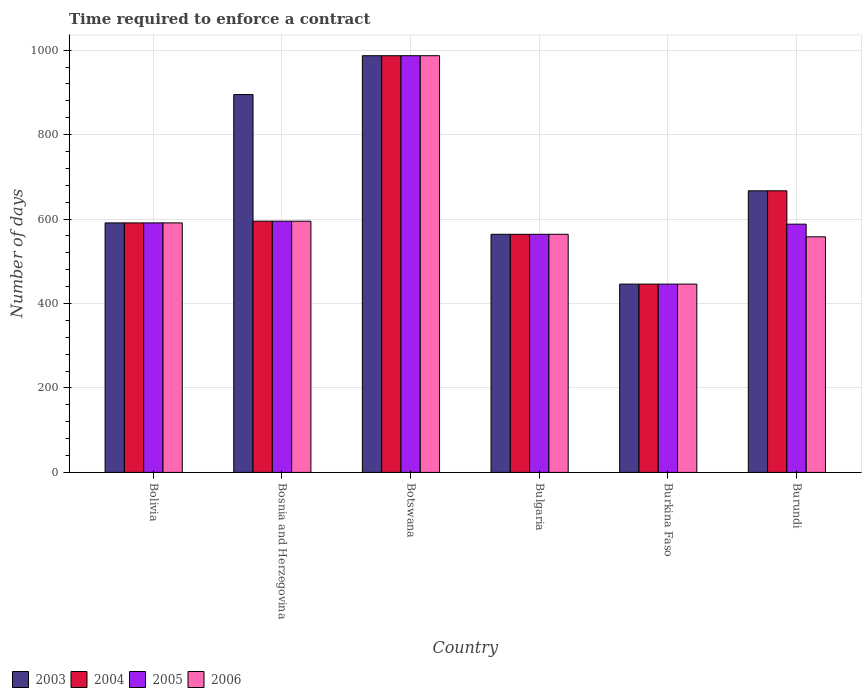
| Country | 2003 | 2004 | 2005 | 2006 |
 | --- | --- | --- | --- | --- |
 | Bolivia | 591 | 591 | 591 | 591 |
 | Bosnia and Herzegovina | 895 | 595 | 595 | 595 |
 | Botswana | 987 | 987 | 987 | 987 |
 | Bulgaria | 564 | 564 | 564 | 564 |
 | Burkina Faso | 446 | 446 | 446 | 446 |
 | Burundi | 667 | 667 | 588 | 558 |